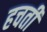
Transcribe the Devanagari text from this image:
हचती